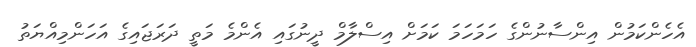
އެހެންކަމުން އިންސާނުންގެ ހަމަހަމަ ކަމަށް އިސްލާމް ދީނުގައި އެންމެ މަތީ ދަރަޖައިގެ އަހަންމިއްޔަތު